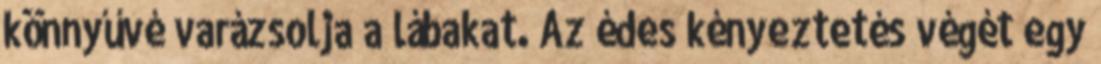
könnyűvé varázsolja a lábakat. Az édes kényeztetés végét egy